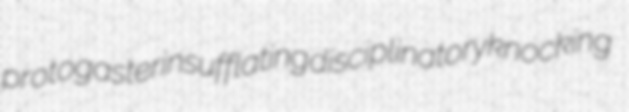
protogaster insufflating disciplinatory knocking